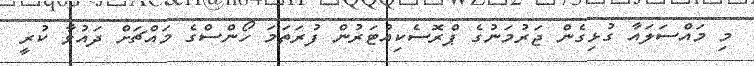
މި މައްސަލައާ ގުޅިގެން ޖަރުމަނުގެ ޕްރޮސެކިއުޓަރުން ފުރަތަމަ ހޯންސްގެ މައްޗަށް ދައުވާ ކުރީ